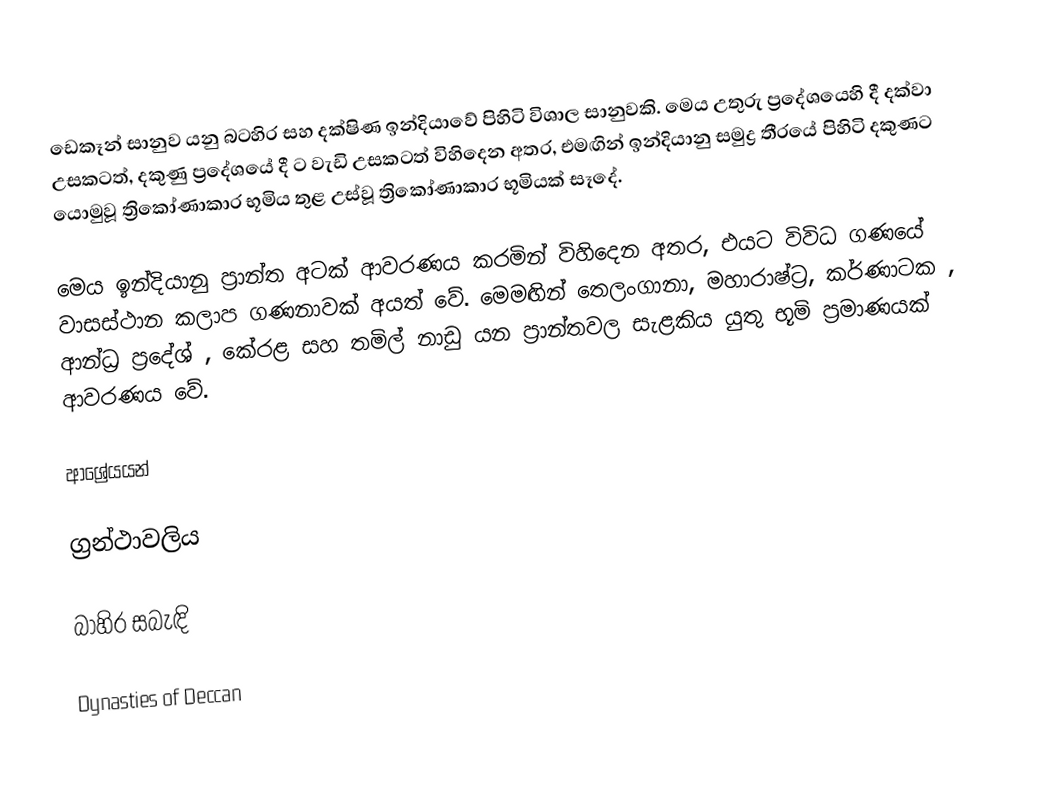
ඩෙකෑන් සානුව යනු බටහිර සහ දක්ෂිණ ඉන්දියාවේ පිහිටි විශාල සානුවකි. මෙය උතුරු ප්‍රදේශයෙහි දී  දක්වා උසකටත්, දකුණු ප්‍රදේශයේ දී  ට වැඩි උසකටත් විහිදෙන අතර, එමඟින් ඉන්දියානු සමුද්‍ර තීරයේ පිහිටි දකුණට යොමුවූ ත්‍රිකෝණාකාර භූමිය තුළ උස්වූ ත්‍රිකෝණාකාර භූමියක් සෑදේ.

මෙය ඉන්දියානු ප්‍රාන්ත අටක් ආවරණය කරමින් විහිදෙන අතර, එයට විවිධ ගණයේ වාසස්ථාන කලාප ගණනාවක් අයත් වේ. මෙමඟින් තෙලංගානා, මහාරාෂ්ට්‍ර, කර්ණාටක , ආන්ධ්‍ර ප්‍රදේශ් , කේරළ සහ තමිල් නාඩු යන ප්‍රාන්තවල සැළකිය යුතු භූමි ප්‍රමාණයක් ආවරණය වේ.

ආශ්‍රේයයන්

ග්‍රන්ථාවලිය

බාහිර සබැඳි

 Dynasties of Deccan